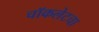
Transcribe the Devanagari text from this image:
चॉकलेटचा